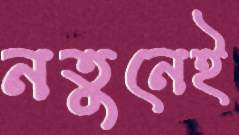
নতুনেই